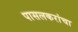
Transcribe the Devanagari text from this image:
पासलकरांचा